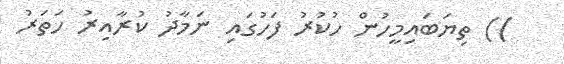
)) ތިޔަބައިމީހުން ހުކުރު ފަހުގައި ނަމާދު ކުރާއިރު ހަތަރު